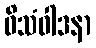
ဝိသံဝါဒနာ